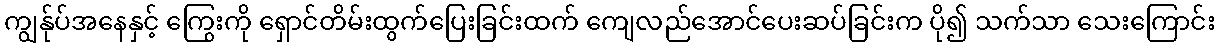
ကျွန်ုပ်အနေနှင့် ကြွေးကို ရှောင်တိမ်းထွက်ပြေးခြင်းထက် ကျေလည်အောင်ပေးဆပ်ခြင်းက ပို၍ သက်သာ သေးကြောင်း